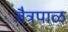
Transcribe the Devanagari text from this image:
जैत्रपाळ